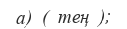
a)  (  тең  );